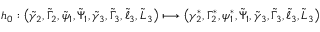
h _ { 0 } : \left( \tilde { \gamma } _ { 2 } , \tilde { \Gamma } _ { 2 } , \tilde { \psi } _ { 1 } , \tilde { \Psi } _ { 1 } , \tilde { \gamma } _ { 3 } , \tilde { \Gamma } _ { 3 } , \tilde { \ell } _ { 3 } , \tilde { L } _ { 3 } \right) \longmapsto \left( \gamma _ { 2 } ^ { * } , \Gamma _ { 2 } ^ { * } , \psi _ { 1 } ^ { * } , \tilde { \Psi } _ { 1 } , \tilde { \gamma } _ { 3 } , \tilde { \Gamma } _ { 3 } , \tilde { \ell } _ { 3 } , \tilde { L } _ { 3 } \right)